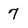
Character: 7